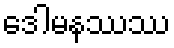
ဒေါမနဿဿ